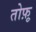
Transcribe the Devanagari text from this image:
तोफ़ू